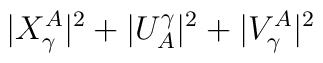
|X_\gamma^A|^2 + |U^\gamma_A|^2 + |V^A_\gamma|^2